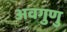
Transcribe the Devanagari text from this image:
अवगुणु